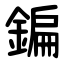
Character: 鍽